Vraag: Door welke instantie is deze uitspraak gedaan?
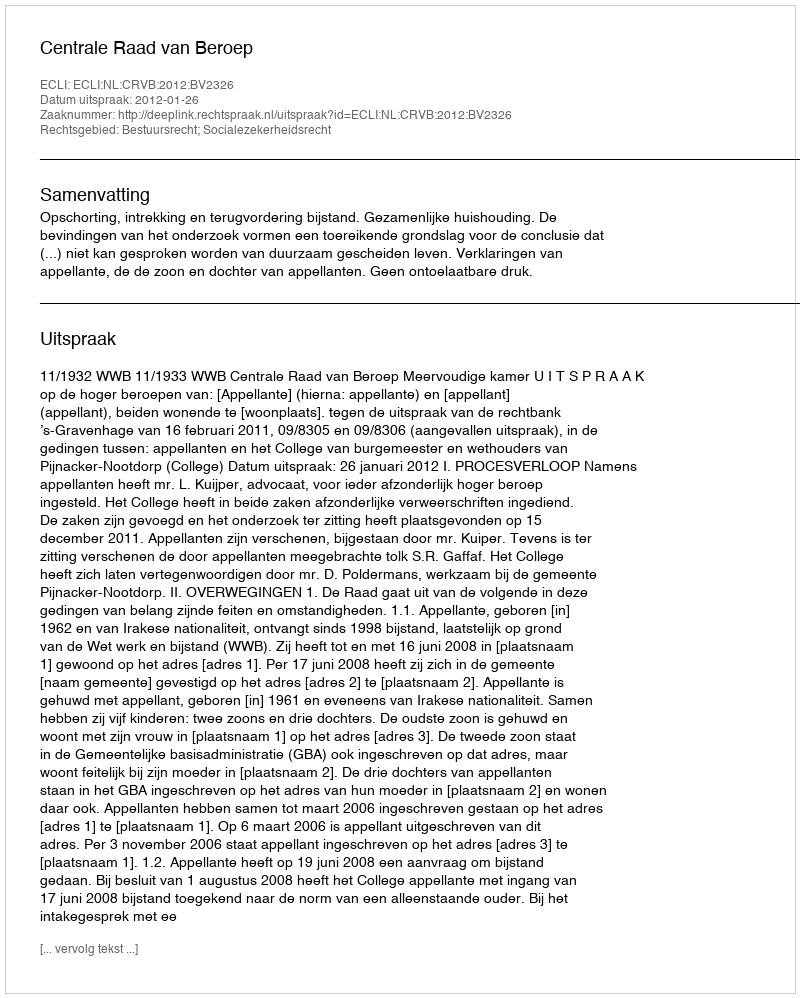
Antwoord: Centrale Raad van Beroep